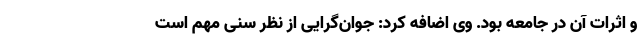
و اثرات آن در جامعه بود. وی اضافه کرد: جوان‌گرایی از نظر سنی مهم است